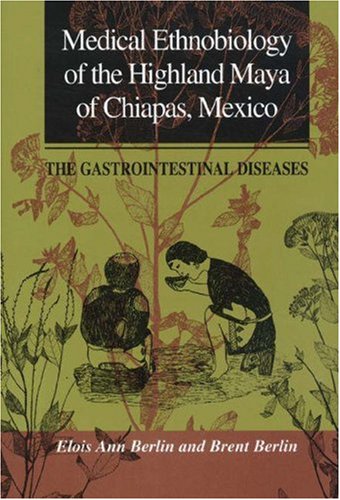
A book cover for Medical Ethnobiology of the Highland Maya of Chiapas, Mexico; Elois Ann Berlin; Medical Books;